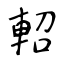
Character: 軺